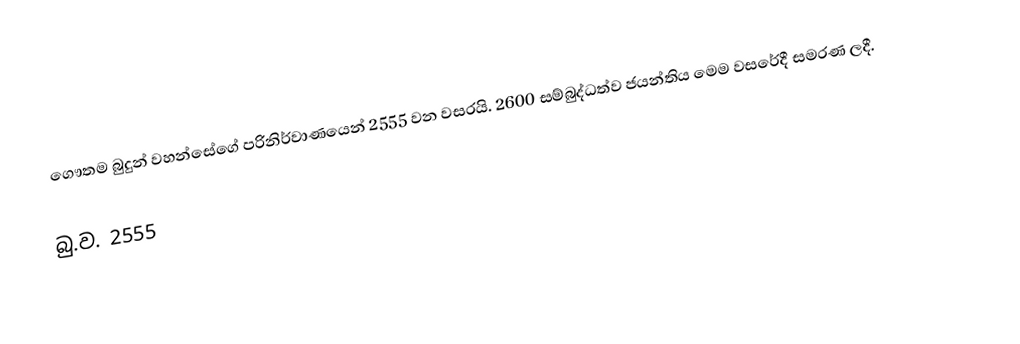
ගෞතම බුදුන් වහන්සේගේ පරිනිර්වාණයෙන් 2555 වන වසරයි. 2600 සම්බුද්ධත්ව ජයන්තිය මෙම වසරේදී සමරණ ලදී.

බු.ව. 2555